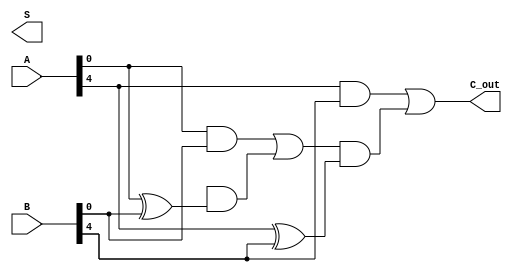
module han_carlson_adder #(parameter N = 8) (
    input  [N-1:0] A,      // First input
    input  [N-1:0] B,      // Second input
    output [N-1:0] S,      // Sum output
    output C_out          // Carry-out
);

    // Define the number of segments and segment size
    localparam SEGMENT_SIZE = 4;
    localparam NUM_SEGMENTS = N / SEGMENT_SIZE;

    // Internal wires for carry signals
    wire [NUM_SEGMENTS:0] carry; // carry[0] is the initial carry-in (0)
    wire [SEGMENT_SIZE-1:0] sum [0:NUM_SEGMENTS-1]; // Sum for each segment

    // Generate the carry and sum for each segment
    genvar i;
    generate
        for (i = 0; i < NUM_SEGMENTS; i = i + 1) begin : segment
            // Calculate the carry-in for the current segment
            wire [SEGMENT_SIZE-1:0] A_seg = A[(i+1)*SEGMENT_SIZE-1 -: SEGMENT_SIZE];
            wire [SEGMENT_SIZE-1:0] B_seg = B[(i+1)*SEGMENT_SIZE-1 -: SEGMENT_SIZE];
            wire C_in = carry[i];

            // Calculate the sum for the current segment
            assign sum[i] = A_seg ^ B_seg ^ {SEGMENT_SIZE{C_in}};

            // Calculate the carry-out for the current segment
            assign carry[i+1] = (A_seg & B_seg) | (C_in & (A_seg ^ B_seg));
        end
    endgenerate

    // Concatenate the sum segments to form the final sum output
    assign S = {sum[NUM_SEGMENTS-1], sum[NUM_SEGMENTS-2], sum[NUM_SEGMENTS-3], sum[NUM_SEGMENTS-4]};

    // Final carry-out is the carry-out of the last segment
    assign C_out = carry[NUM_SEGMENTS];

endmodule